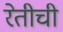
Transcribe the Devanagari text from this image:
रेतीची